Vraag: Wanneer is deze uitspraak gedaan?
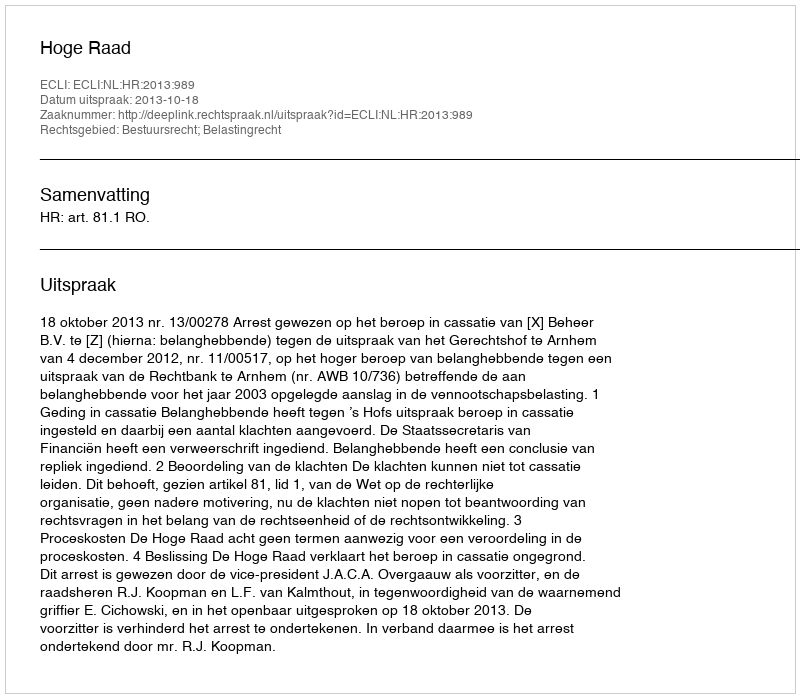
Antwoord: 2013-10-18